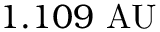
1 . 1 0 9 { \mathrm { ~ A U } }